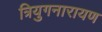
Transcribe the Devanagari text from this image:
त्रियुगनारायण